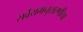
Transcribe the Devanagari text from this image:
सर्वेयमनुसरणीया